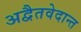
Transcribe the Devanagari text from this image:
अद्वैतवेदान्त